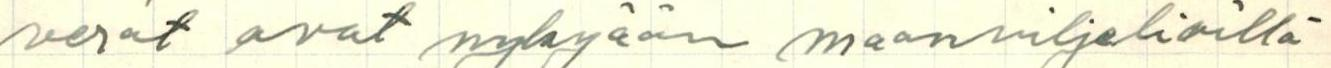
verot ovat nykyään maanviljeliöillä